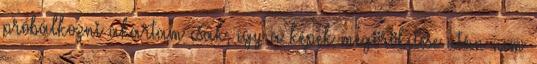
próbálkozni akartam csak, így a képek megörökítése után nem